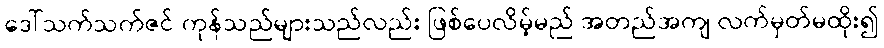
ဒေါ်သက်သက်ဇင် ကုန်သည်များသည်လည်း ဖြစ်ပေလိမ့်မည် အတည်အကျ လက်မှတ်မထိုး၍